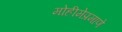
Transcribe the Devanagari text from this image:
मोहीमेप्रमाणे